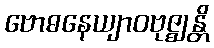
ဗောဓနေယျာဝဗုဇ္ဈန္တိ